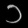
Digit: ၁